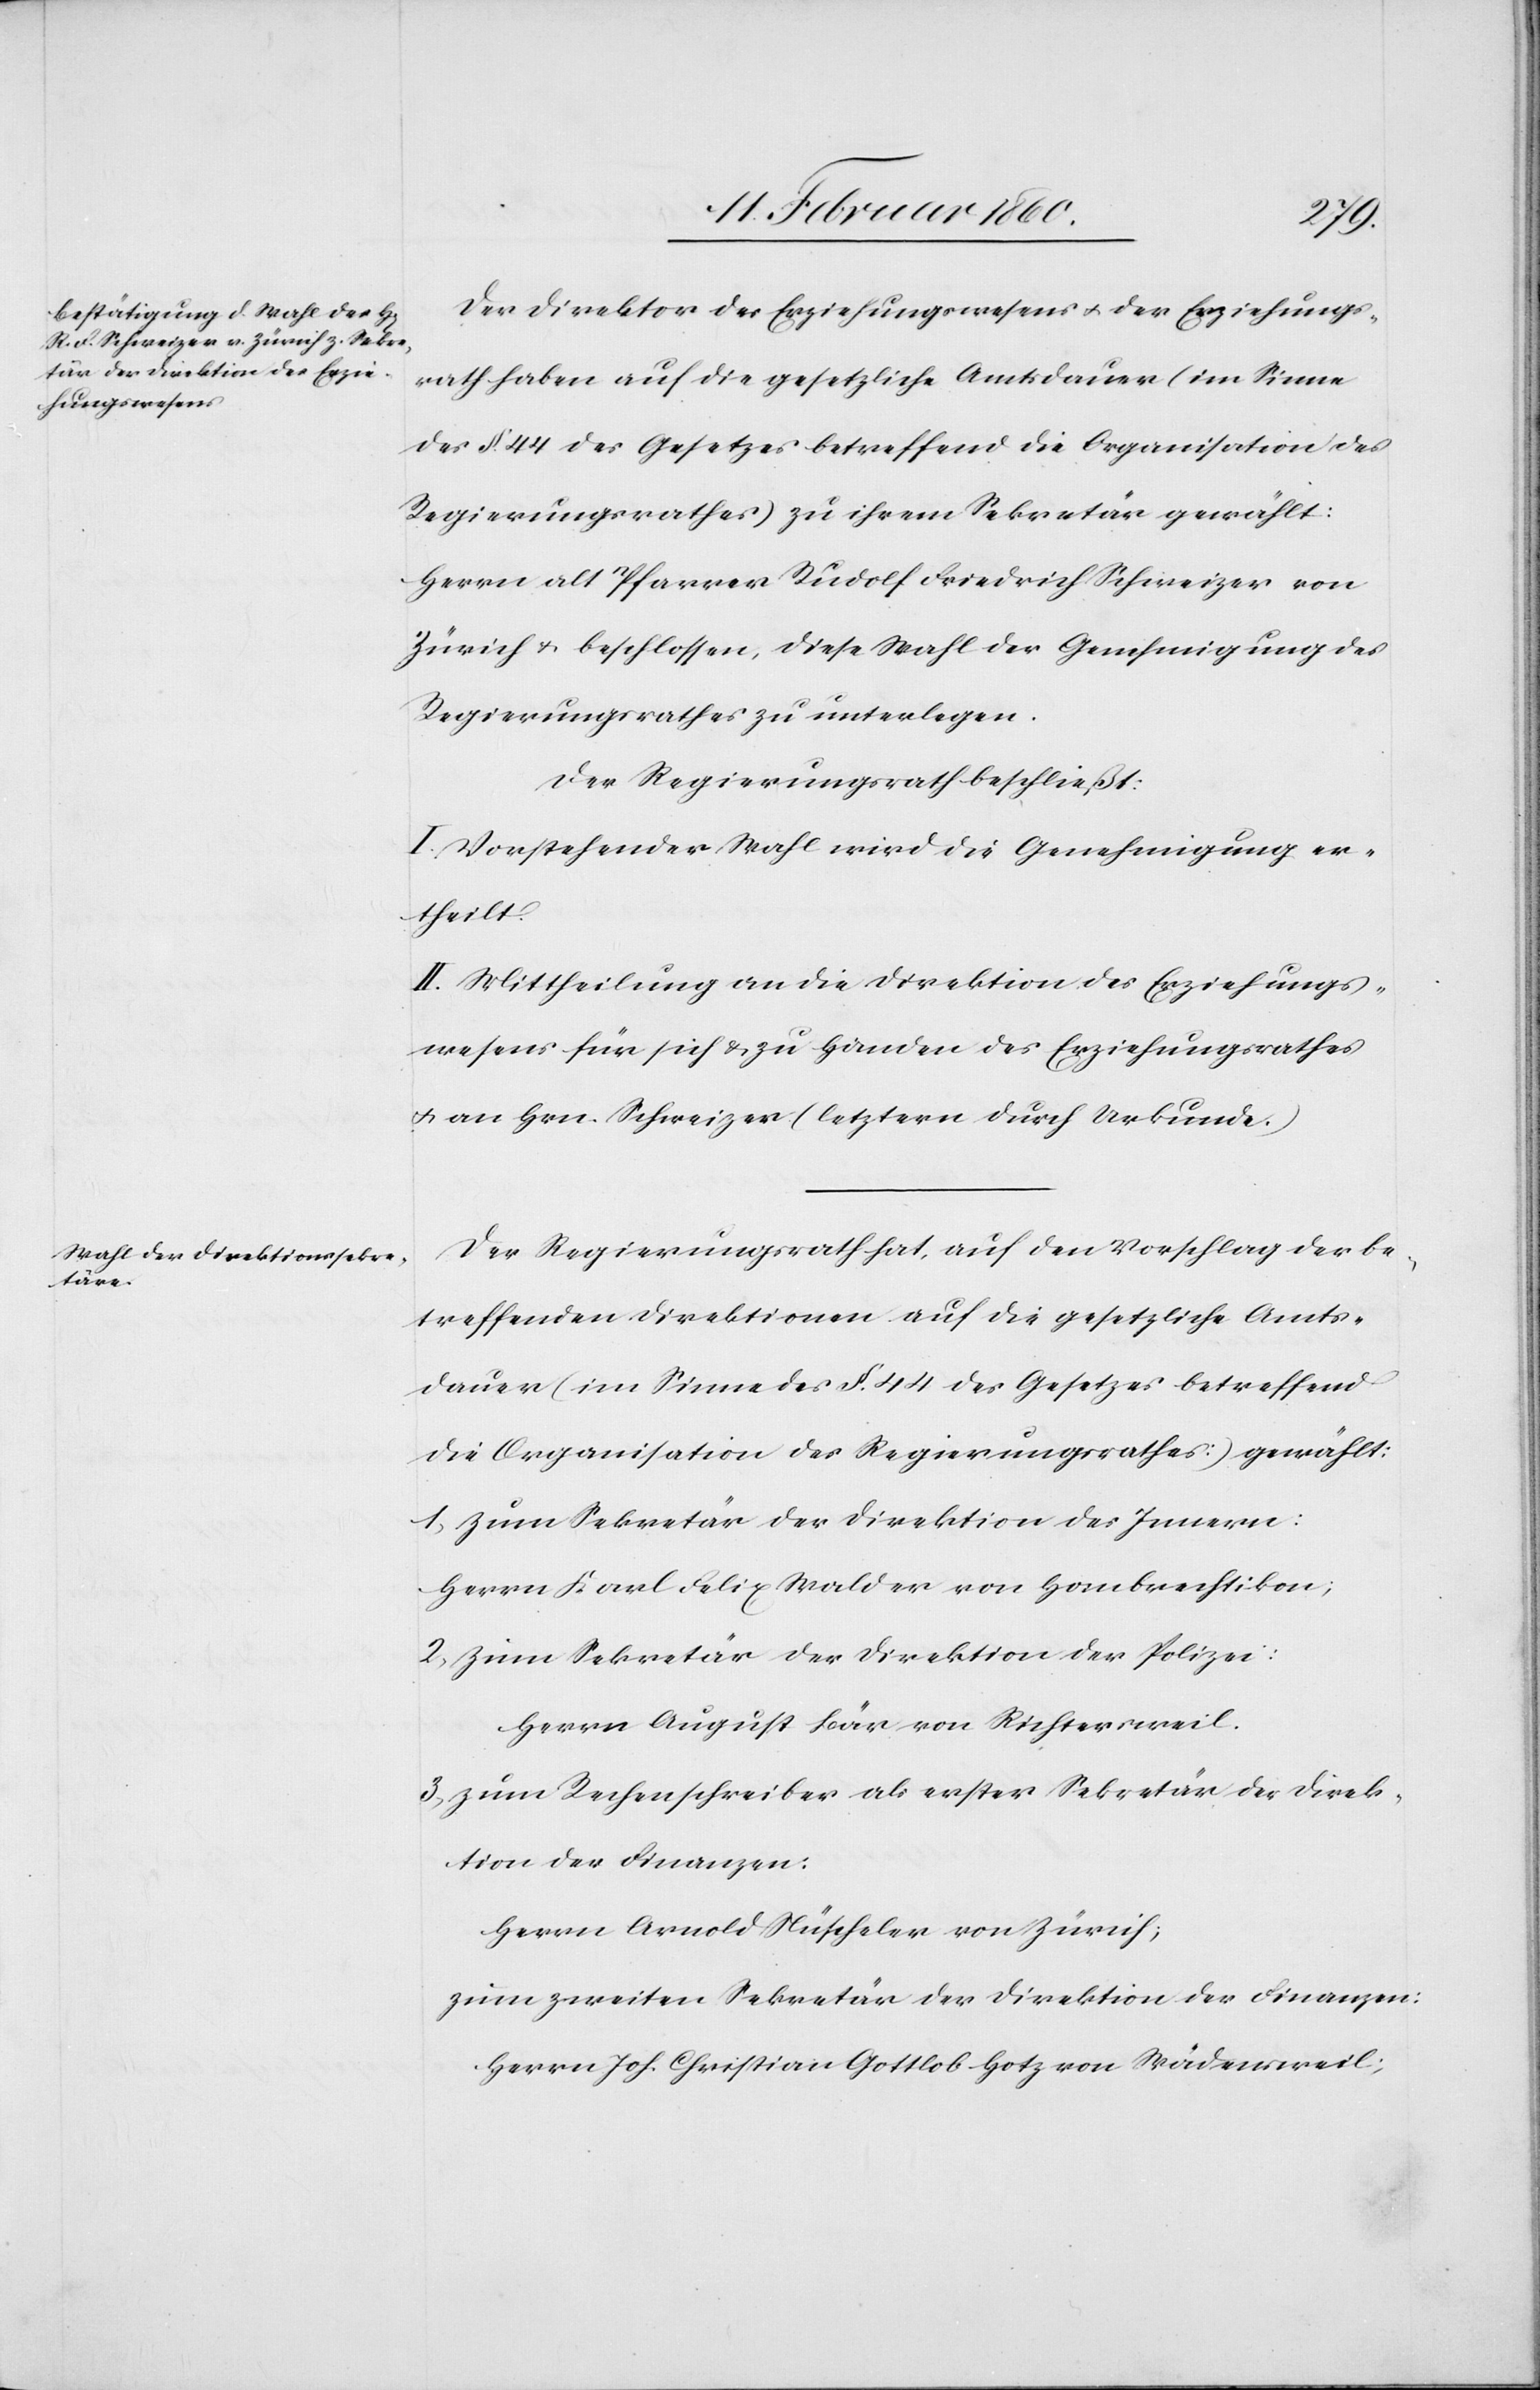
Der Direktor des Erziehungswesens u. der Erziehungs¬
rath haben auf die gesetzliche Amtsdauer (im Sinne
des §. 44. des Gesetzes betreffend die Organisation des
Regierungsrathes) zu ihrem Sekretär gewählt:
Herrn alt Pfarrer Rudolf Friedrich Schweizer von
Zürich u. beschlossen, diese Wahl der Genehmigung des
Regierungsrathes zu unterlegen.
Der Regierungsrath beschliesst:
I. Vorstehender Wahl wird die Genehmigung er¬
theilt.
II. Mittheilung an die Direktion des Erziehungs¬
wesens für sich u. zu Handen des Erziehungsrathes
u. an Hrn. Schweizer (letztern durch Urkunde.)
Der Regierungsrath hat, auf den Vorschlag der be¬
treffenden Direktionen auf die gesetzliche Amts¬
dauer (im Sinne des §. 44. des Gesetzes betreffend
die Organisation des Regierungsrathes) gewählt:
1. zum Sekretär der Direktion des Innern:
Herrn Karl Felix Walder von Hombrechtikon;
2. zum Sekretär der Direktion der Polizei:
Herrn August Bär von Richtersweil.
3. zum Rechenschreiber als erster Sekretär der Direk¬
tion der Finanzen:
Herrn Arnold Nüscheler von Zürich;
zum zweiten Sekretär der Direktion der Finanzen:
Herrn Joh. Christian Gottlob Hotz von Wädensweil;